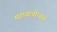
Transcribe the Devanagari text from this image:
महायात्रोत्सव